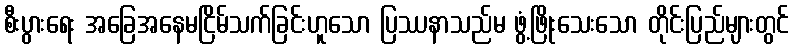
စီးပွားရေး အခြေအနေမငြိမ်သက်ခြင်းဟူသော ပြဿနာသည်မ ဖွံ့ဖြိုးသေးသော တိုင်းပြည်များတွင်